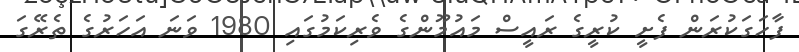
ފާހަގަކުރަން ފެށީ ކުރީގެ ރައީސް މައުމޫންގެ ވެރިކަމުގައި 1980 ވަނަ އަހަރުގެ ތެރޭގަ